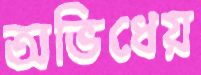
অভিধেয়